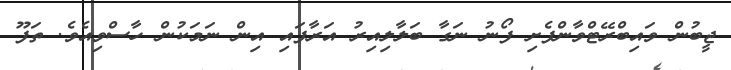
ޖީބުން ވައިބްރޭޓްވާންފެށި ފޯނު ނަގާ ބަލާލިއިރު އަރާފައި އިން ނަމަކުން ހާސްވިއެވެ. ތަފޫ